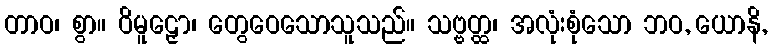
တာဝ၊ စွာ။ ဝိမူဠှော၊ တွေဝေသောသူသည်။ သဗ္ဗတ္ထ၊ အလုံးစုံသော ဘဝ, ယောနိ,